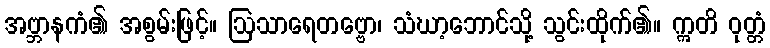
အဗ္ဘာနကံ၏ အစွမ်းဖြင့်။ ဩသာရေတဗ္ဗော၊ သံဃာ့ဘောင်သို့ သွင်းထိုက်၏။ ဣတိ ဝုတ္တံ